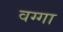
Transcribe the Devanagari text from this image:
वग्गा